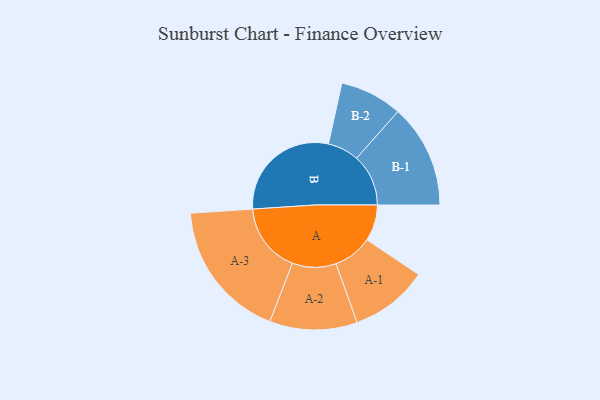
{"axis": {"x": "Segment", "y": "Value"}, "legend": ["", "A", "B"], "data": [{"x": "A", "y": 130, "type": ""}, {"x": "B", "y": 408, "type": ""}, {"x": "A-1", "y": 140, "type": "A"}, {"x": "A-2", "y": 157, "type": "A"}, {"x": "A-3", "y": 250, "type": "A"}, {"x": "B-1", "y": 186, "type": "B"}, {"x": "B-2", "y": 112, "type": "B"}]}